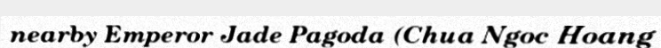
nearby Emperor Jade Pagoda (Chua Ngoc Hoang